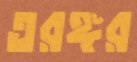
তরঙ্গর